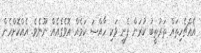
އެއްޗެހިތައް ތަރުތީބު ކުރަން ފެށީ ވަކި ހާއްސަ ކަމެއް އޮވެގެއެއް ނޫނެވެ. އެއްކޮށްހެން